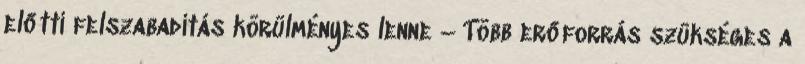
előtti felszabadítás körülményes lenne – Több erőforrás szükséges a